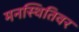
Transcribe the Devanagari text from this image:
मनस्थितिवर